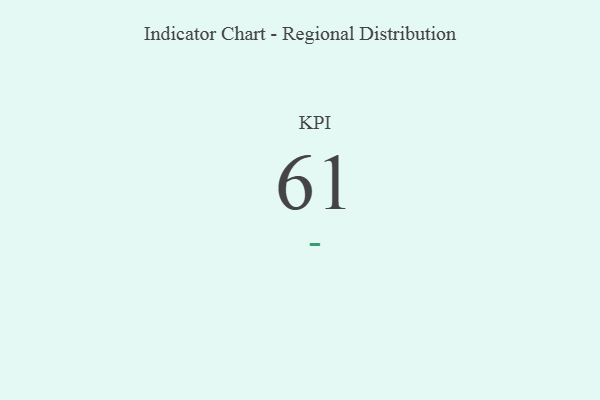
{"axis": {"x": "KPI", "y": "Value"}, "legend": [""], "data": [{"x": "KPI", "y": 61, "type": ""}]}